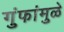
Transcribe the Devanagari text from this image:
गुंफांमुळे